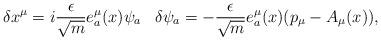
LaTeX: \begin{align*}\delta x^{\mu}=i\frac{\epsilon}{\sqrt{m}} e^{\mu}_{a}(x)\psi_{a}\,\ \ \delta\psi_{a}=-\frac{\epsilon}{\sqrt{m}}e^{\mu}_{a}(x)(p_{\mu}-A_{\mu}(x)),\end{align*}